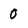
Character: 0